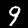
Digit: 9